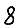
Digit: 8